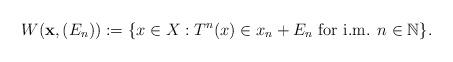
LaTeX: \begin{align*}W(\mathbf{x},(E_n)):= \{x\in X:T^n(x)\in x_{n}+E_n \textrm{ for i.m. }n\in \mathbb{N}\}.\end{align*}